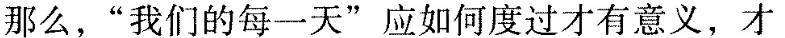
那么，”我们的每一大”应如何度过才有意义，才